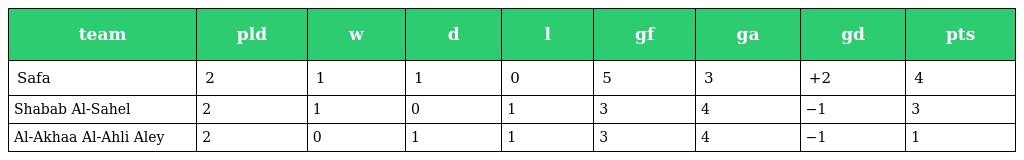
| team | pld | w | d | l | gf | ga | gd | pts |
 | --- | --- | --- | --- | --- | --- | --- | --- | --- |
 | Safa | 2 | 1 | 1 | 0 | 5 | 3 | +2 | 4 |
 | Shabab Al-Sahel | 2 | 1 | 0 | 1 | 3 | 4 | −1 | 3 |
 | Al-Akhaa Al-Ahli Aley | 2 | 0 | 1 | 1 | 3 | 4 | −1 | 1 |